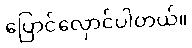
ပြောင်လှောင်ပါတယ်။